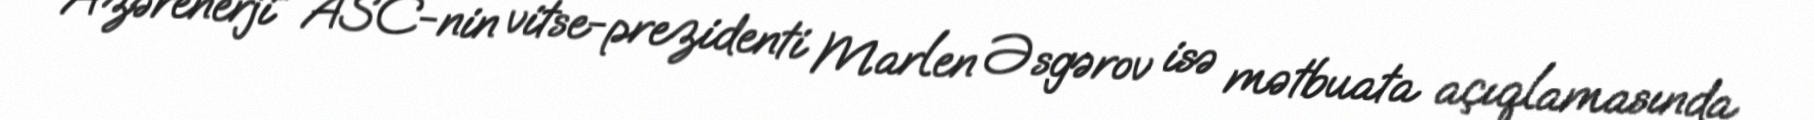
“Azərenerji” ASC-nin vitse-prezidenti Marlen Əsgərov isə mətbuata açıqlamasında